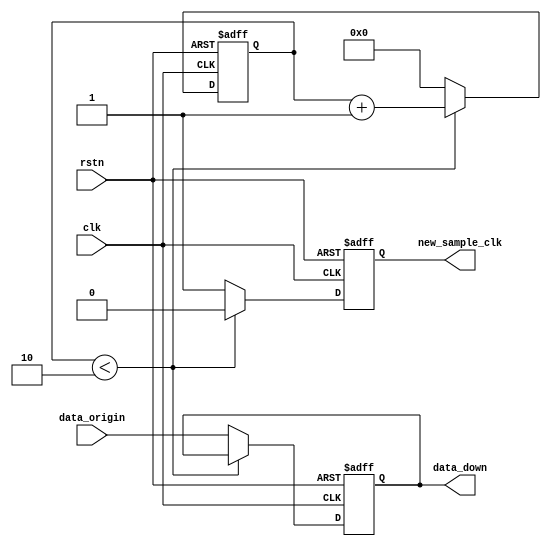
module sample_down(
    input wire clk,
    input wire rstn,
    input wire [9:0] data_origin,
    output reg new_sample_clk,
    output reg [9:0] data_down
);
reg [3:0] count;
always@(posedge clk or negedge rstn) begin
    if(~rstn) begin 
        count <= 0;
        new_sample_clk <= 0;
        data_down <= 0;
    end
    else begin
        if(count < 3'd10) begin
            count <= count + 1'b1;
            new_sample_clk <= 0;
            data_down <= data_down;
        end
        else begin
            count <= 0;
            new_sample_clk <= 1;
            data_down <= data_origin;
        end
    end
end


endmodule